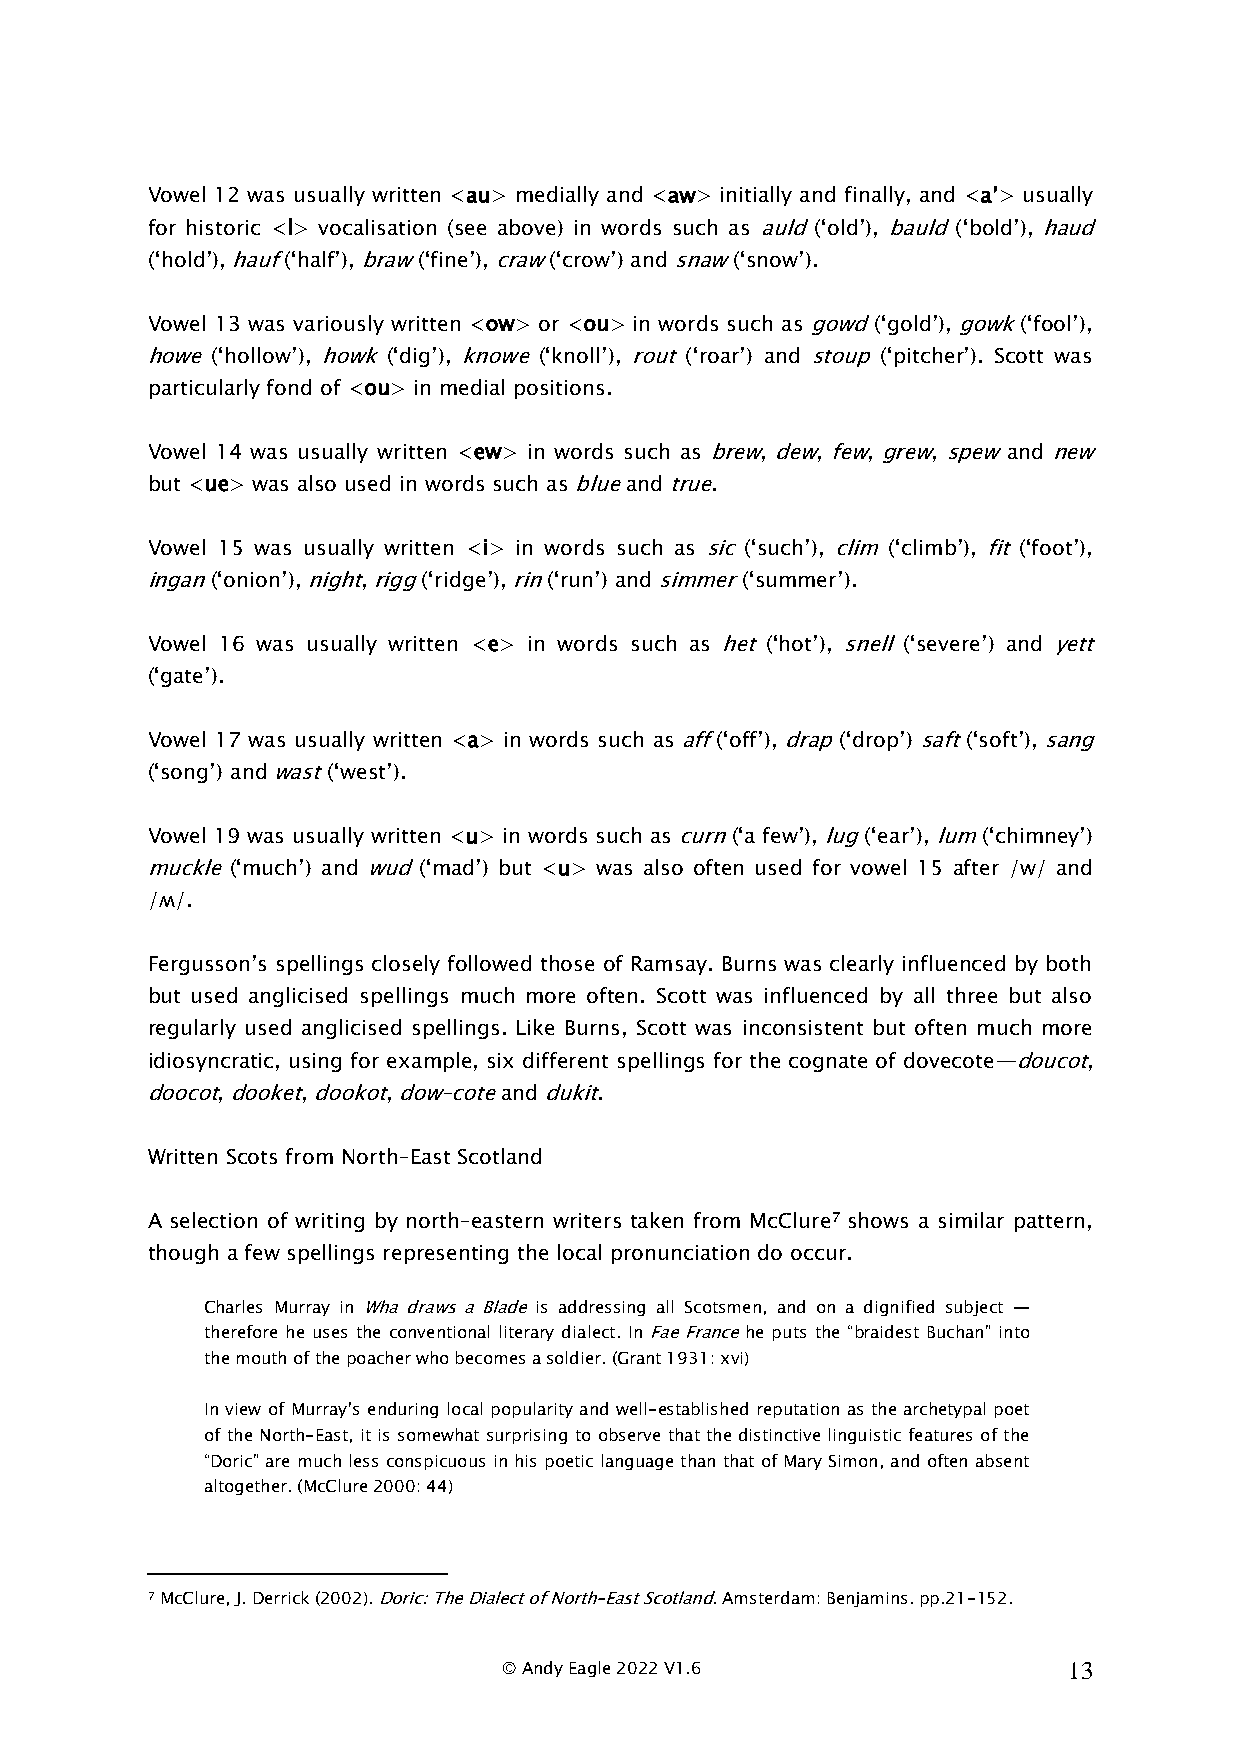
Vowel 12 was usually written <au> medially and <aw> initially and finally, and <a’> usually
 for historic <l> vocalisation (see above) in words such as auld (‘old’), bauld (‘bold’), haud
 (‘hold’), hauf (‘half’), braw (‘fine’), craw (‘crow’) and snaw (‘snow’).
 Vowel 13 was variously written <ow> or <ou> in words such as gowd (‘gold’), gowk (‘fool’),
 howe (‘hollow’), howk (‘dig’), knowe (‘knoll’), rout (‘roar’) and stoup (‘pitcher’). Scott was
 particularly fond of <ou> in medial positions.
 Vowel 14 was usually written <ew> in words such as brew, dew, few, grew, spew and new
 but <ue> was also used in words such as blue and true.
 Vowel 15 was usually written <i> in words such as sic (‘such’), clim (‘climb’), fit (‘foot’),
 ingan (‘onion’), night, rigg (‘ridge’), rin (‘run’) and simmer (‘summer’).
 Vowel 16 was usually written <e> in words such as het (‘hot’), snell (‘severe’) and yett
 (‘gate’).
 Vowel 17 was usually written <a> in words such as aff (‘off’), drap (‘drop’) saft (‘soft’), sang
 (‘song’) and wast (‘west’).
 Vowel 19 was usually written <u> in words such as curn (‘a few’), lug (‘ear’), lum (‘chimney’)
 muckle (‘much’) and wud (‘mad’) but <u> was also often used for vowel 15 after /w/ and
 /ʍ/.
 Fergusson’s spellings closely followed those of Ramsay. Burns was clearly influenced by both
 but used anglicised spellings much more often. Scott was influenced by all three but also
 regularly used anglicised spellings. Like Burns, Scott was inconsistent but often much more
 idiosyncratic, using for example, six different spellings for the cognate of dovecote—doucot,
 doocot, dooket, dookot, dow–cote and dukit.
 Written Scots from North–East Scotland
 A selection of writing by north–eastern writers taken from McClure7 shows a similar pattern,
 though a few spellings representing the local pronunciation do occur.
 Charles Murray in Wha draws a Blade is addressing all Scotsmen, and on a dignified subject —
 therefore he uses the conventional literary dialect. In Fae France he puts the “braidest Buchan” into
 the mouth of the poacher who becomes a soldier. (Grant 1931: xvi)
 In view of Murray’s enduring local popularity and well-established reputation as the archetypal poet
 of the North-East, it is somewhat surprising to observe that the distinctive linguistic features of the
 “Doric” are much less conspicuous in his poetic language than that of Mary Simon, and often absent
 altogether. (McClure 2000: 44)
 7 McClure, J. Derrick (2002). Doric: The Dialect of North–East Scotland. Amsterdam: Benjamins. pp.21-152.
 © Andy Eagle 2022 V1.6                13